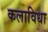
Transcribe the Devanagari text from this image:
कलाविधा